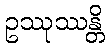
ဥဿုဿန္တိ